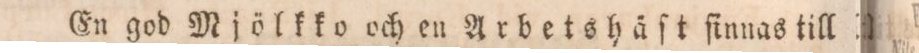
En god Mjölkko och en Arbetshäſt ſinnas till